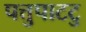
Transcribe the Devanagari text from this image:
पत्तुपाटटु